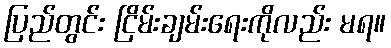
ပြည်တွင်း ငြိမ်းချမ်းရေးကိုလည်း မရ။